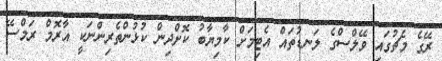
ރޭގެ މެޗުގައި ވޭލްސްގެ ލަނޑުތައް އެޓިމަށް ކާމިޔާބު ކޮށްދިން ކުޅުންތެރިންނަކީ އާރޮމް ރަމްސޭ